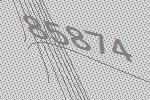
85874